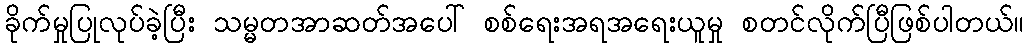
ခိုက်မှုပြုလုပ်ခဲ့ပြီး သမ္မတအာဆတ်အပေါ် စစ်ရေးအရအရေးယူမှု စတင်လိုက်ပြီဖြစ်ပါတယ်။